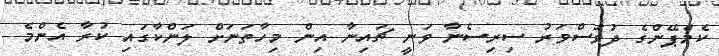
ކެމްޕޭންގެ ދުވަސްވަރު ސިރިސެނާ ވަނީ ޗައިނާ އިން މިހާތަނަށް ލަންކާގައި ކުރާ އެންމެ